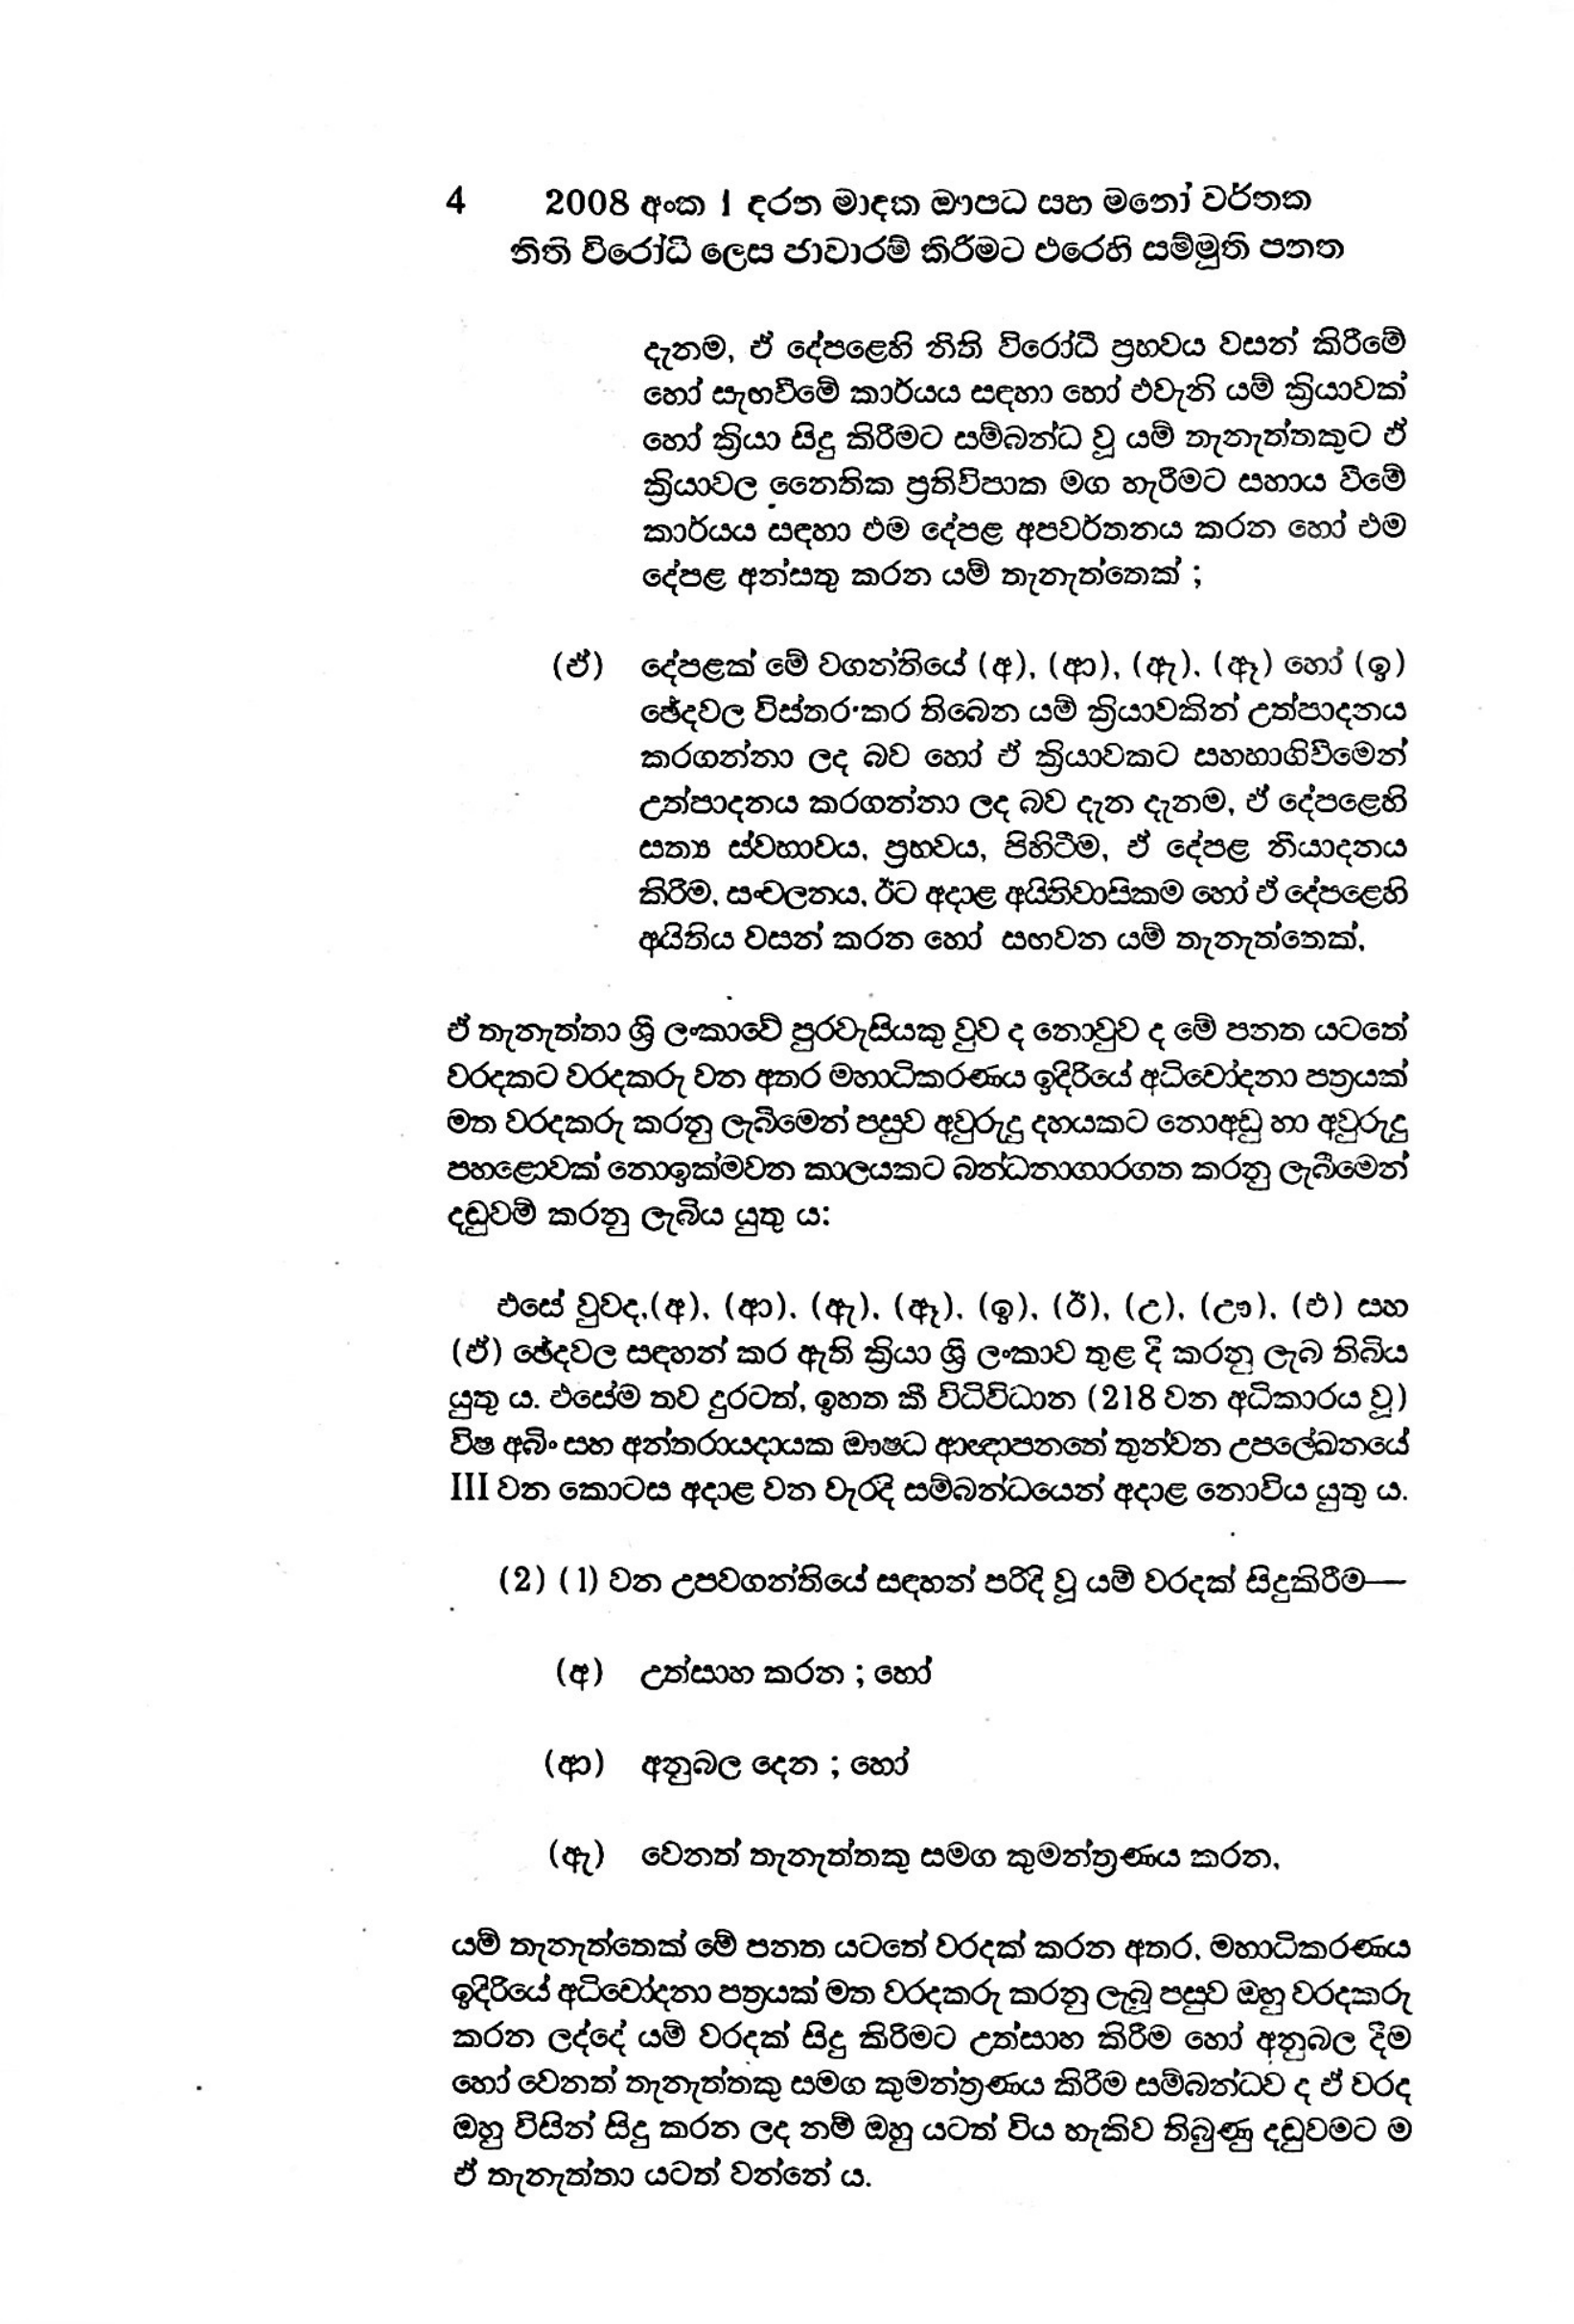
4 2008 අංක 1 දරන මාදක ඖපධ සහ මනෝ වර්තක
නිති විරෝධි ලෙස ජාවාරම් කිරිමට එරෙහි සම්මුති පනත

දැනම, ඒ දේපළෙහි නීති විරෝධී ප්‍රභවය වසන් කිරීමේ
හෝ සැඟවීමේ කාර්යය සඳහා හෝ එවැනි යම් ක්‍රියාවක්
හෝ ක්‍රියා සිදු කිරීමට සම්බන්ධ වූ යම් තැනැත්තකුට ඒ
ක්‍රියාවල නෛතික ප්‍රතිවිපාක මග හැරීමට සහාය වීමේ
කාර්යය සඳහා එම දේපළ අපවර්තනය කරන හෝ එම
දේපළ අන්සතු කරන යම් තැනැත්තෙක් ;

(ඒ) දේපළක් මේ වගන්තියේ (අ),(ආ), (ඇ), (ඈ) හෝ(ඉ)
ඡේදවල විස්තර කර තිබෙන යම් ක්‍රියාවකින් උත්පාදනය
කරගන්නා ලද බව හෝ ඒ ක්‍රියාවකට සහභාගිවීමෙන්
උත්පාදනය කරගන්නා ලද බව දැන දැනම, ඒ දේපළෙහි
සත්‍ය ස්වභාවය, ප්‍රභවය, පිහිටීම, ඒ දේපළ නීයාදනය
කිරීම‚ සංචලනය, ඊට අදාළ අයිතිවාසිකම හෝ ඒ දේපළෙහි
අයිතිය වසන් කරන හෝ සඟවන යම් තැනැත්තෙක්.

ඒ තැනැත්තා ශ්‍රී ලංකාවේ පුරවැසියකු වුව ද නොවුව ද මේ පනත යටතේ
වරදකට වරදකරු වන අතර මහාධිකරණය ඉදිරියේ අධිචෝදනා පත්‍රයක්
මත වරදකරු කරනු ලැබීමෙන් පසුව අවුරුදු දහයකට නොඅඩු හා අවුරුදු
පහළොවක් නොඉක්මවන කාලයකට බන්ධනාගාරගත කරනු ලැබීමෙන්
දඬුවම් කරනු ලැබිය යුතු ය:

එසේ වුවද,(අ), (ආ), (ඇ), (ඈ), (ඉ), (ඊ), (උ), (ඌ), (එ) සහ
(ඒ) ඡේදවල සඳහන් කර ඇති ක්‍රියා ශ්‍රී ලංකාව තුළ දී කරනු ලැබ තිබිය
යුතු ය. එසේම තව දුරටත්, ඉහත කී විධිවිධාන (218 වන අධිකාරය වූ)
විෂ අබිං සහ අන්තරායදායක ඖෂධ ආඥාපනතේ තුන්වන උපලේඛනයේ
III වන කොටස අදාළ වන වැරදි සම්බන්ධයෙන් අදාළ නොවිය යුතු ය.

(2) (1) වන උපවගන්තියේ සඳහන් පරිදි වූ යම් වරදක් සිදුකිරීම—

(අ) උත්සාහ කරන ; හෝ

(ආ) අනුබල දෙන ; හෝ

(ඇ) වෙනත් තැනැත්තකු සමග කුමන්ත්‍රණය කරන,

යම් තැනැත්තෙක් මේ පනත යටතේ වරදක් කරන අතර, මහාධිකරණය
ඉදිරියේ අධිචෝදනා පත්‍රයක් මත වරදකරු කරනු ලැබූ පසුව ඔහු වරදකරු
කරන ලද්දේ යම් වරදක් සිදු කිරිමට උත්සාහ කිරීම හෝ අනුබල දීම
හෝ වෙනත් තැනැත්තකු සමග කුමන්ත්‍රණය කිරීම සම්බන්ධව ද ඒ වරද
ඔහු විසින් සිදු කරන ලද නම් ඔහු යටත් විය හැකිව තිබුණු දඬුවමට ම
ඒ තැනැත්තා යටත් වන්නේ ය.